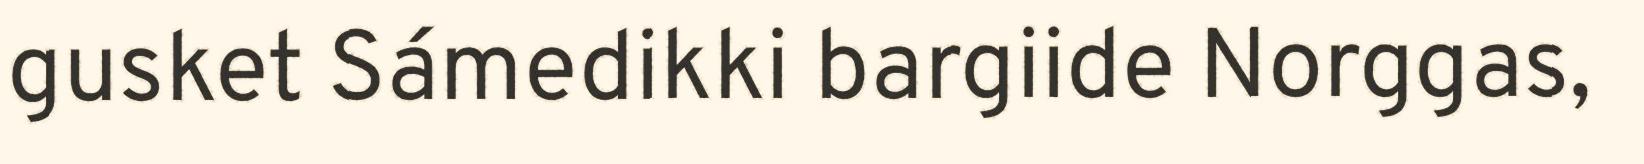
gusket Sámedikki bargiide Norggas,